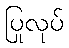
ပြုလုပ်